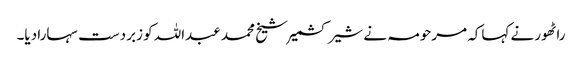
راٹھور نے کہاکہ مرحومہ نے شیر کشمیر شیخ محمد عبداللہ کو زبردست سہارا دیا۔